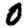
Digit: 0